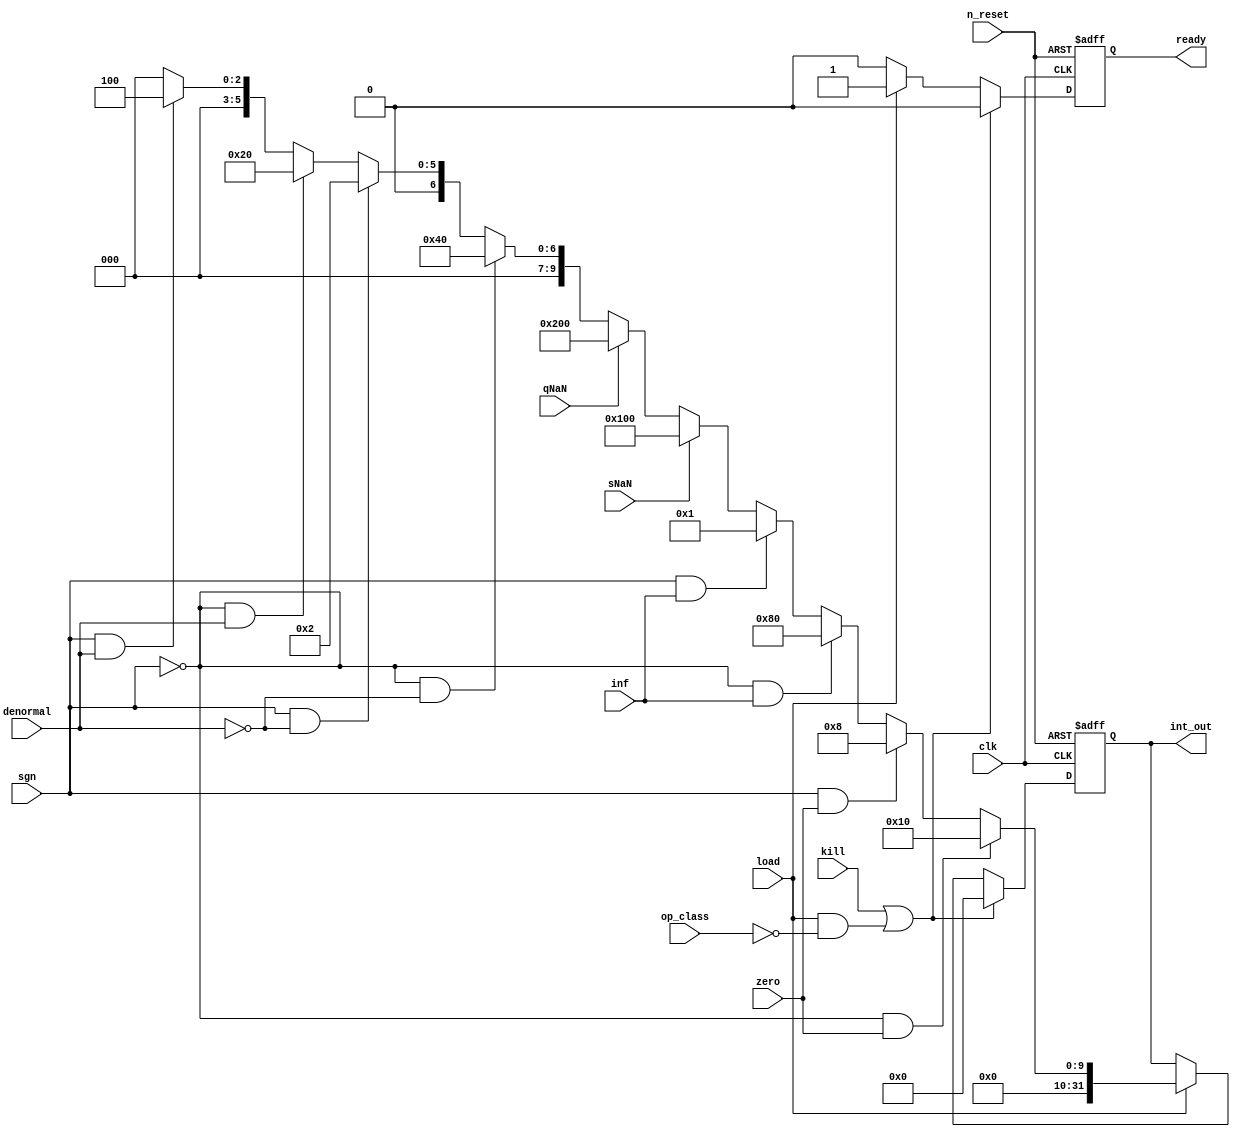
//
// Copyright 2022 FRAUNHOFER INSTITUTE OF MICROELECTRONIC CIRCUITS AND SYSTEMS (IMS), DUISBURG, GERMANY.
// --- All rights reserved --- 
// SPDX-License-Identifier: Apache-2.0 WITH SHL-2.1
// Licensed under the Solderpad Hardware License v 2.1 (the "License");
// you may not use this file except in compliance with the License, or, at your option, the Apache License version 2.0.
// You may obtain a copy of the License at
// https://solderpad.org/licenses/SHL-2.1/
// Unless required by applicable law or agreed to in writing, any work distributed under the License is distributed on an "AS IS" BASIS,
// WITHOUT WARRANTIES OR CONDITIONS OF ANY KIND, either express or implied.
// See the License for the specific language governing permissions and limitations under the License.
//

module airi5c_classifier
(
    input               clk,
    input               n_reset,
    input               kill,
    input               load,

    input               op_class,

    input               sgn,
    input               zero,
    input               inf,
    input               sNaN,
    input               qNaN,
    input               denormal,

    output  reg [31:0]  int_out,

    output  reg         ready
);

    always @(posedge clk, negedge n_reset) begin
        if (!n_reset) begin
            int_out <= 32'h00000000;
            ready   <= 1'b0;
        end
        
        else if (kill || (load && !op_class)) begin
            int_out <= 32'h00000000;
            ready   <= 1'b0;
        end

        else if (load) begin
            // 0.0
            if (!sgn && zero)
                int_out <= 32'h00000010;

            // -0.0
            else if (sgn && zero)
                int_out <= 32'h00000008;

            // +inf
            else if (!sgn && inf)
                int_out <= 32'h00000080;

            // -inf
            else if (sgn && inf)
                int_out <= 32'h00000001;

            // sNaN
            else if (sNaN)
                int_out <= 32'h00000100;

            // qNaN
            else if (qNaN)
                int_out <= 32'h00000200;

            // positive normal number
            else if (!sgn && !denormal)
                int_out <= 32'h00000040;

            // negative normal number
            else if (sgn && !denormal)
                int_out <= 32'h00000002;

            // positive denormal number
            else if (!sgn && denormal)
                int_out <= 32'h00000020;

            // negative denormal number
            else if (sgn && denormal)
                int_out <= 32'h00000004;

            else
                int_out <= 32'h00000000;

            ready   <= 1'b1;
        end

        else
            ready   <= 1'b0;
    end

endmodule